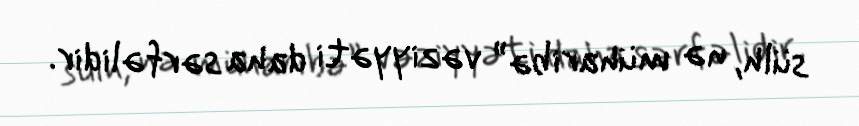
sülh, nə müharibə” vəziyyəti daha sərfəlidir.